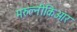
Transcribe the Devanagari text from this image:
मरुल्नीकिआर